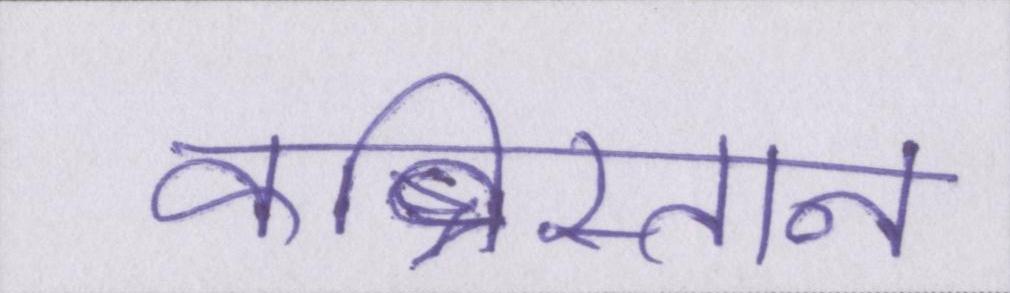
कब्रिस्तान